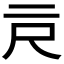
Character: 𰁗